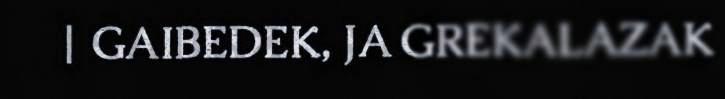
| GAIBEDEK, JA GREKALAZAK